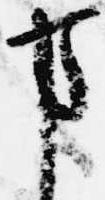
事